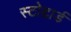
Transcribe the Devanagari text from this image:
स्टोद्दार्ड